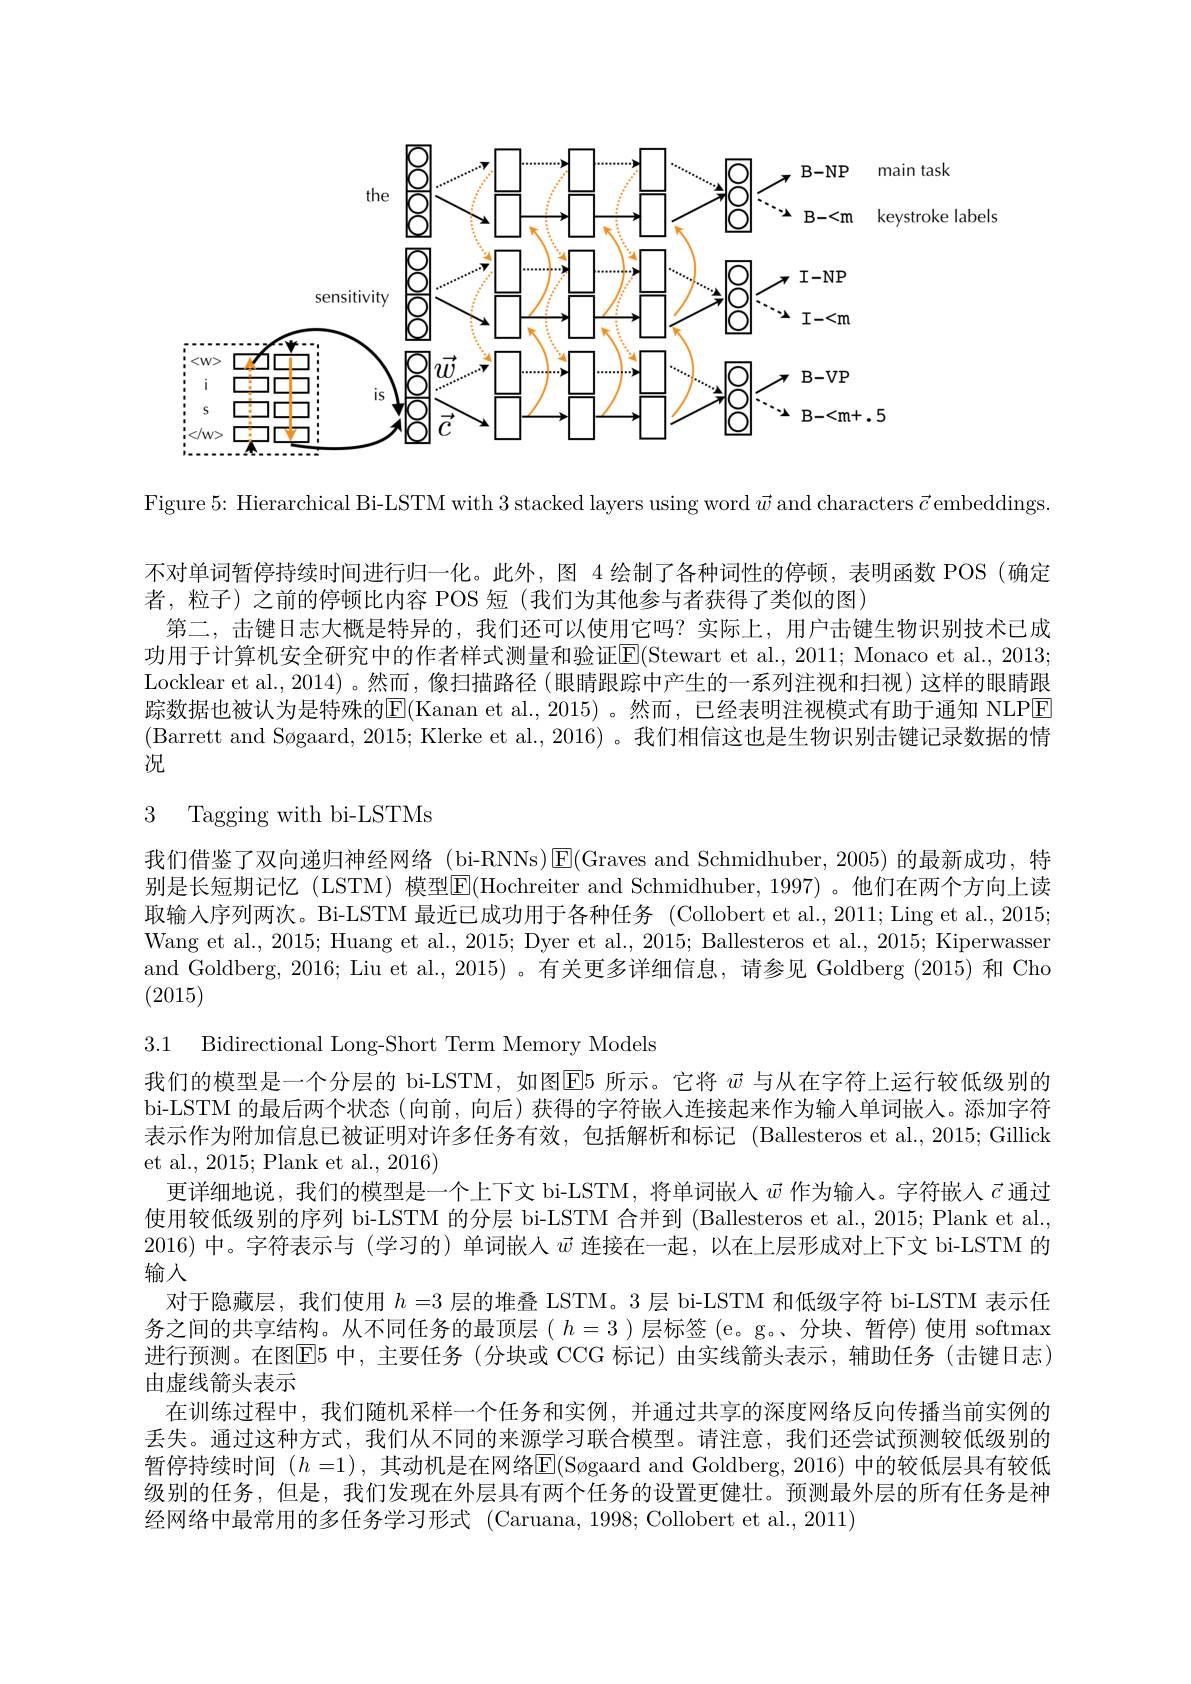
<FigureHere>

Figure 5{:} Hierarchical Bi-LSTM with 3 stacked layers using word $\vec{w}$ and characters $\vec{c}$ embeddings

不对单词暂停持续时间进行归一化。此外，图 4 绘制了各种词性的停顿，表明函数 POS (确定
者，粒子)之前的停顿比内容 POS 短(我们为其他参与者获得了类似的图)
第二，击键日志大概是特异的，我们还可以使用它吗？实际上，用户击键生物识别技术已成功用于计算机安全研究中的作者样式测量和验证E$( Stewart et al. , 2011; $Monaco et al. , 2013; Locklear et al., 2014) 。然而 , 像扫描路径 (眼睛跟踪中产生的一系列注视和扫视)这样的眼睛跟踪数据也被认为是特殊的|E(Kanan et al.,2015) 。然而，已经表明注视模式有助于通知 NLPE (Barrett and Søgaard, 2015; Klerke et al.,2016) 。我们相信这也是生物识别击键记录数据的情况

3 Tagging with bi-LSTMs

我们借鉴了双向递归神经网络 (bi-RNNs)$\operatorname{E}($Graves and Schmidhuber, 2005)的最新成功，特

别是长短期记忆 (LSTM) 模型$\overline{\mathrm{E}}($Hochreiter and Schmidhuber,1997)。他们在两个方向上读

取输人序列两次。Bi-LSTM 最近已成功用于各种任务 (Collobert et al.,2011; Ling et al., 2015;

Wang et al., 2015; Huang et al., 2015; Dyer et al., 2015; Ballesteros et al., 2015; Kiperwasser

and Goldberg, 2016; Liu et al., 2015) 。有关更多详细信息，请参见 Goldberg (2015) 和 Cho

(2015)

3.1 Bidirectional Long-Short Term Memory Models
我们的模型是一个分层的 bi-LSTM, 如图E5 所示。它将$\vec{w}$与从在字符上运行较低级别的bi-LSTM 的最后两个状态 (向前，向后) 获得的字符嵌入连接起来作为输人单词嵌人。添加字符表示作为附加信息已被证明对许多任务有效，包括解析和标记 (Ballesteros et al.,2015; Gillick et al., 2015; Plank et al., 2016)
更详细地说，我们的模型是一个上下文 bi-LSTM, 将单词嵌人$\vec{w}$作为输入。字符嵌人$\vec{c}$通过使用较低级别的序列 bi-LSTM 的分层 bi-LSTM 合并到 (Ballesteros et al., 2015; Plank et al. 2016)中。字符表示与 (学习的)单词嵌人$\vec{w}$连接在一起，以在上层形成对上下文 bi-LSTM 的输入
对于隐藏层，我们使用$h=3$层的堆叠 LSTM。3 层 bi-LSTM 和低级字符 bi-LSTM 表示任务之间的共享结构。从不同任务的最顶层( $h=3$ )层标签 (e。g。分块、暂停)使用 softmax 进行预测。在图$\overline{\mathrm{E}}5$ 中，主要任务(分块或 CCG 标记)由实线箭头表示，辅助任务(击键日志) 由虚线箭头表示
在训练过程中，我们随机采样一个任务和实例，并通过共享的深度网络反向传播当前实例的丢失。通过这种方式，我们从不同的来源学习联合模型。请注意，我们还尝试预测较低级别的暂停持续时间 $(h=1)$, 其动机是在网络$\overline{\mathrm{E}}($Søgaard and Goldberg, 2016) 中的较低层具有较低级别的任务，但是，我们发现在外层具有两个任务的设置更健壮。预测最外层的所有任务是神经网络中最常用的多任务学习形式 (Caruana,1998;Collobert et al.,2011)